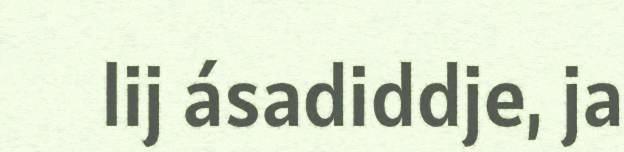
lij ásadiddje, ja